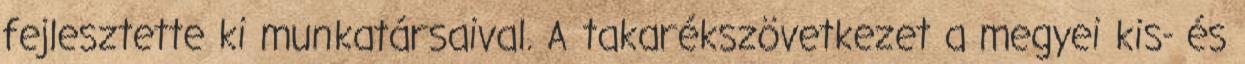
fejlesztette ki munkatársaival. A takarékszövetkezet a megyei kis- és